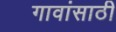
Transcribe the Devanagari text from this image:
गावांसाठी